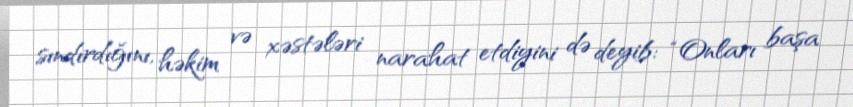
sındırdığını, həkim və xəstələri narahat etdiyini də deyib: “Onları başa